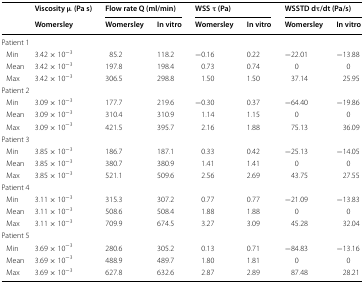
<table><thead><tr><td rowspan="2">[EMPTY_CELL]</td><td><b>Viscosity μ (Pa s)</b></td><td colspan="2"><b>Flow rate Q (ml/min)</b></td><td colspan="2"><b>WSS τ (Pa)</b></td><td colspan="2"><b>WSSTD dτ/dt (Pa/s)</b></td></tr><tr><td><b>Womersley</b></td><td><b>Womersley</b></td><td><b>In vitro</b></td><td><b>Womersley</b></td><td><b>In vitro</b></td><td><b>Womersley</b></td><td><b>In vitro</b></td></tr></thead><tbody><tr><td colspan="8">Patient 1</td></tr><tr><td> Min</td><td>3.42 × 10<sup>−3</sup></td><td>85.2</td><td>118.2</td><td>−0.16</td><td>0.22</td><td>−22.01</td><td>−13.88</td></tr><tr><td> Mean</td><td>3.42 × 10<sup>−3</sup></td><td>197.8</td><td>198.4</td><td>0.73</td><td>0.74</td><td>0</td><td>0</td></tr><tr><td> Max</td><td>3.42 × 10<sup>−3</sup></td><td>306.5</td><td>298.8</td><td>1.50</td><td>1.50</td><td>37.14</td><td>25.95</td></tr><tr><td colspan="8">Patient 2</td></tr><tr><td> Min</td><td>3.09 × 10<sup>−3</sup></td><td>177.7</td><td>219.6</td><td>−0.30</td><td>0.37</td><td>−64.40</td><td>−19.86</td></tr><tr><td> Mean</td><td>3.09 × 10<sup>−3</sup></td><td>310.4</td><td>310.9</td><td>1.14</td><td>1.15</td><td>0</td><td>0</td></tr><tr><td> Max</td><td>3.09 × 10<sup>−3</sup></td><td>421.5</td><td>395.7</td><td>2.16</td><td>1.88</td><td>75.13</td><td>36.09</td></tr><tr><td colspan="8">Patient 3</td></tr><tr><td> Min</td><td>3.85 × 10<sup>−3</sup></td><td>186.7</td><td>187.1</td><td>0.33</td><td>0.42</td><td>−25.13</td><td>−14.05</td></tr><tr><td> Mean</td><td>3.85 × 10<sup>−3</sup></td><td>380.7</td><td>380.9</td><td>1.41</td><td>1.41</td><td>0</td><td>0</td></tr><tr><td> Max</td><td>3.85 × 10<sup>−3</sup></td><td>521.1</td><td>509.6</td><td>2.56</td><td>2.69</td><td>43.75</td><td>27.55</td></tr><tr><td colspan="8">Patient 4</td></tr><tr><td> Min</td><td>3.11 × 10<sup>−3</sup></td><td>315.3</td><td>307.2</td><td>0.77</td><td>0.77</td><td>−21.09</td><td>−13.83</td></tr><tr><td> Mean</td><td>3.11 × 10<sup>−3</sup></td><td>508.6</td><td>508.4</td><td>1.88</td><td>1.88</td><td>0</td><td>0</td></tr><tr><td> Max</td><td>3.11 × 10<sup>−3</sup></td><td>709.9</td><td>674.5</td><td>3.27</td><td>3.09</td><td>45.28</td><td>32.04</td></tr><tr><td colspan="8">Patient 5</td></tr><tr><td> Min</td><td>3.69 × 10<sup>−3</sup></td><td>280.6</td><td>305.2</td><td>0.13</td><td>0.71</td><td>−84.83</td><td>−13.16</td></tr><tr><td> Mean</td><td>3.69 × 10<sup>−3</sup></td><td>488.9</td><td>489.7</td><td>1.80</td><td>1.81</td><td>0</td><td>0</td></tr><tr><td> Max</td><td>3.69 × 10<sup>−3</sup></td><td>627.8</td><td>632.6</td><td>2.87</td><td>2.89</td><td>87.48</td><td>28.21</td></tr></tbody></table>